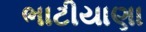
ભાટીયાણા